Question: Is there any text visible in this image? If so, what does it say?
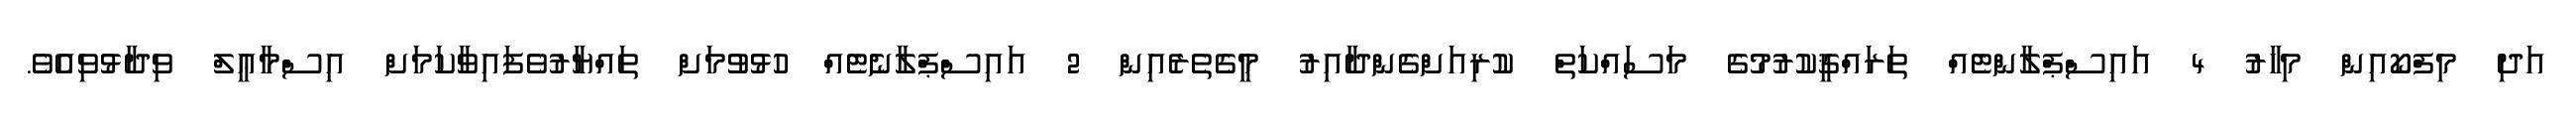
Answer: އަދި މިފްކޯއިން މިހާރު 4 އައިސްޕްލާންޓެއް ތަރައްޤީކުރުމުގެ މަސައްކަތް ކުރިއަށްގެންދާއިރު މީގެތެރެއިން 2 އައިސްޕްލާނެޓެއް ހުޅުވުމަށް ތައްޔާރުވެފައިވާކަމަށް އިސްމާޢީލް ވިދާޅުވިއެވެ.